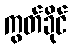
ကွတ်ခိုင်